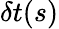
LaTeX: \delta t(s)